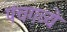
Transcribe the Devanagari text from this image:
पंचगव्ये